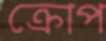
ক্রোপ